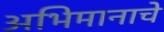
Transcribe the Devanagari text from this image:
अभिमानाचे